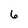
Character: 6